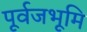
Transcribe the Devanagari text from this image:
पूर्वजभूमि